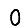
Digit: 0